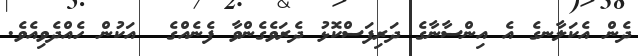
ދެން އެކަލާނގެ އެ އިންސާނާގެ ދަރިފަސްކޮޅު ދެރަވެގެންވާ ފެނެއްގެ  އަކުން ހެއްދެވިއެވެ.